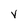
Character: v